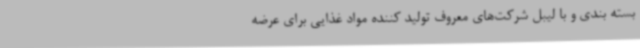
بسته بندی و با لیبل شرکت‌های معروف تولید کننده مواد غذایی برای عرضه